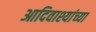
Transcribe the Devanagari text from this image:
आदिवाश्यांच्या